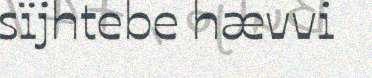
sïjhtebe hævvi